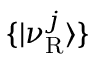
\{ | \nu _ { \mathrm { R } } ^ { j } \rangle \}